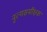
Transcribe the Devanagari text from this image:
नृत्यसमीक्षक